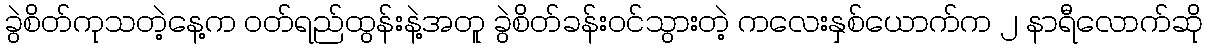
ခွဲစိတ်ကုသတဲ့နေ့က ဝတ်ရည်ထွန်းနဲ့အတူ ခွဲစိတ်ခန်းဝင်သွားတဲ့ ကလေးနှစ်ယောက်က ၂ နာရီလောက်ဆို